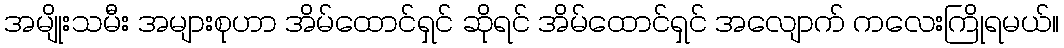
အမျိုးသမီး အများစုဟာ အိမ်ထောင်ရှင် ဆိုရင် အိမ်ထောင်ရှင် အလျောက် ကလေးကြိုရမယ်။